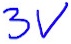
Text: 3V